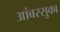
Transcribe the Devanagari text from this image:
आंबरसुका